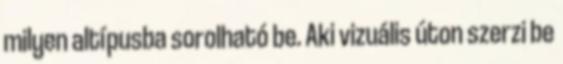
milyen altípusba sorolható be. Aki vizuális úton szerzi be